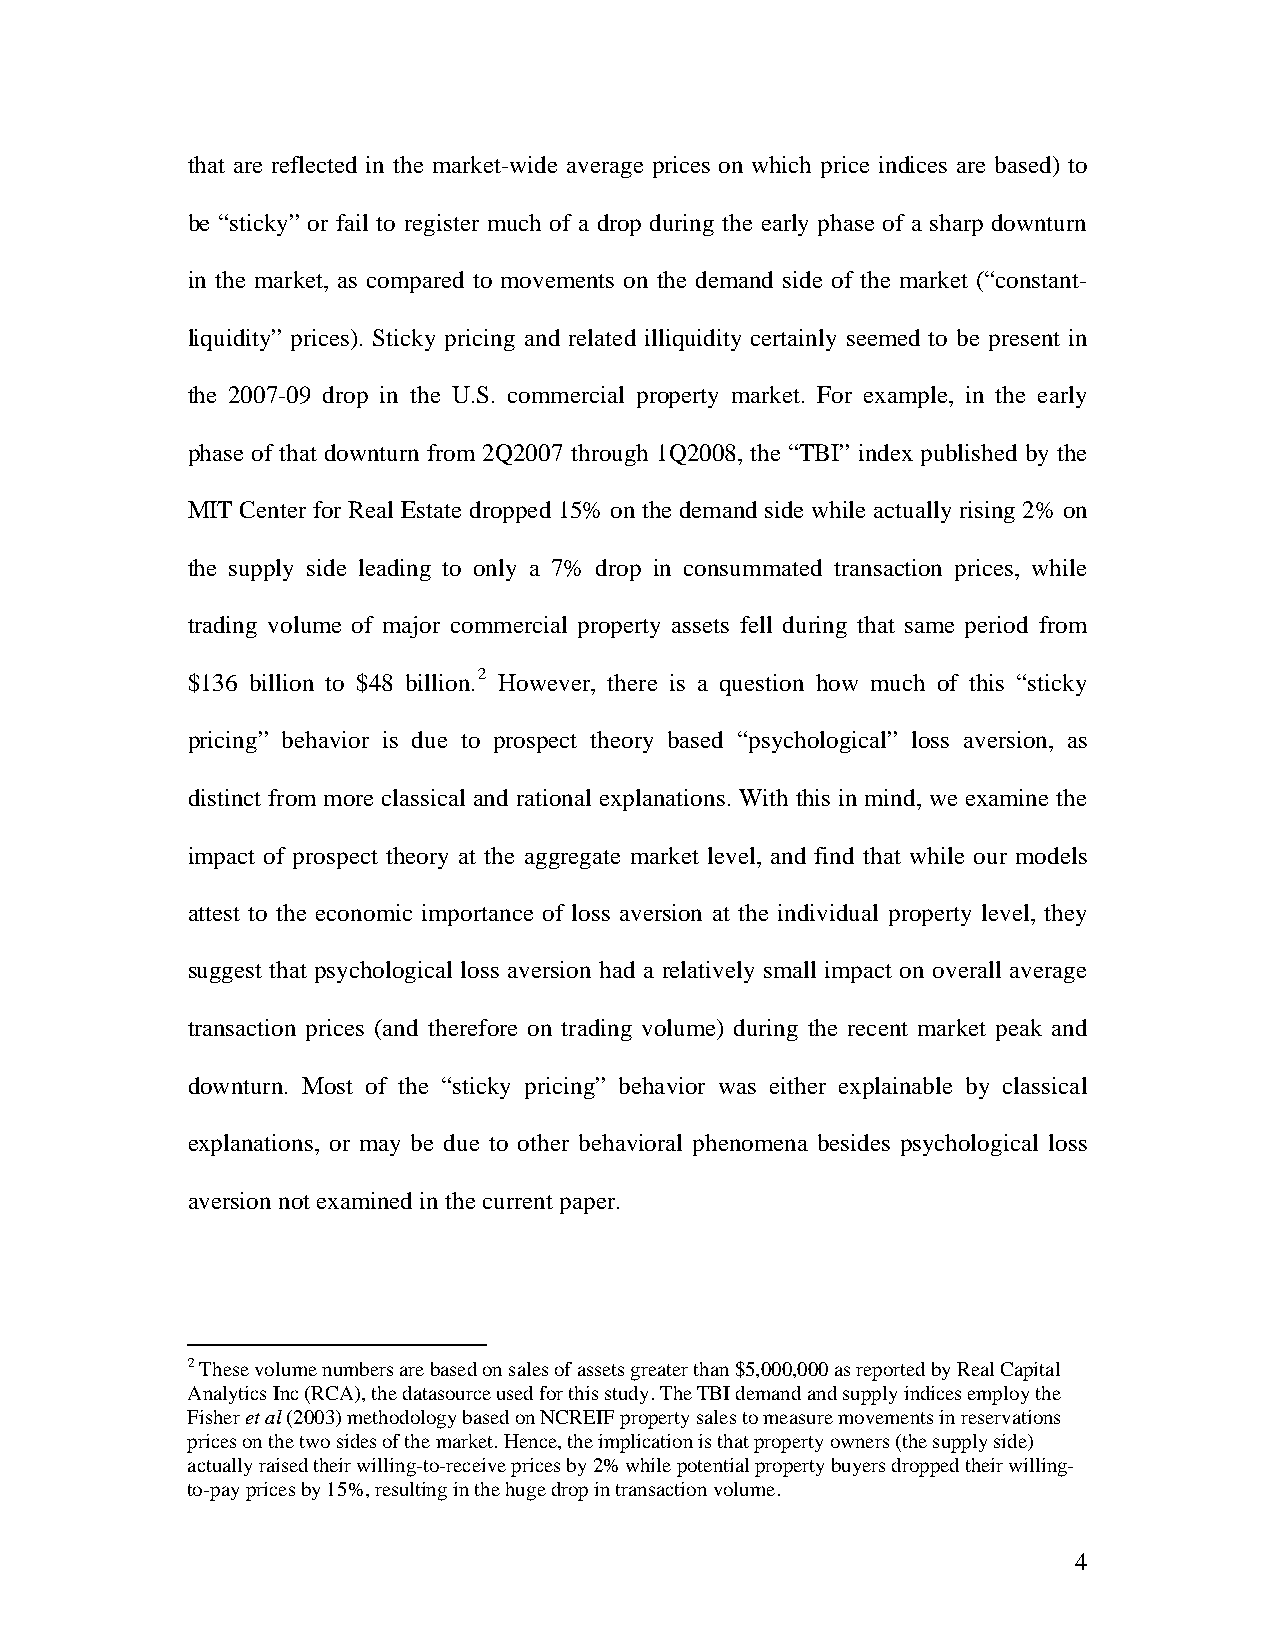
that are reflected in the market-wide average prices on which price indices are based) to
 be “sticky” or fail to register much of a drop during the early phase of a sharp downturn
 in the market, as compared to movements on the demand side of the market (“constant-
 liquidity” prices). Sticky pricing and related illiquidity certainly seemed to be present in
 the 2007-09 drop in the U.S. commercial property market. For example, in the early
 phase of that downturn from 2Q2007 through 1Q2008, the “TBI” index published by the
 MIT Center for Real Estate dropped 15% on the demand side while actually rising 2% on
 the supply side leading to only a 7% drop in consummated transaction prices, while
 trading volume of major commercial property assets fell during that same period from
 $136 billion to $48 billion.2 However, there is a question how much of this “sticky
 pricing” behavior is due to prospect theory based “psychological” loss aversion, as
 distinct from more classical and rational explanations. With this in mind, we examine the
 impact of prospect theory at the aggregate market level, and find that while our models
 attest to the economic importance of loss aversion at the individual property level, they
 suggest that psychological loss aversion had a relatively small impact on overall average
 transaction prices (and therefore on trading volume) during the recent market peak and
 downturn. Most of the “sticky pricing” behavior was either explainable by classical
 explanations, or may be due to other behavioral phenomena besides psychological loss
 aversion not examined in the current paper.
 2 These volume numbers are based on sales of assets greater than $5,000,000 as reported by Real Capital
 Analytics Inc (RCA), the datasource used for this study. The TBI demand and supply indices employ the
 Fisher et al (2003) methodology based on NCREIF property sales to measure movements in reservations
 prices on the two sides of the market. Hence, the implication is that property owners (the supply side)
 actually raised their willing-to-receive prices by 2% while potential property buyers dropped their willing-
 to-pay prices by 15%, resulting in the huge drop in transaction volume.
 4